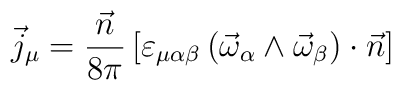
\vec j_\mu = \frac{\vec n}{8\pi}\left[\varepsilon_{\mu\alpha\beta}\left(\vec\omega_\alpha\wedge\vec \omega_\beta\right)\cdot\vec n\right]